Leprosy in India: report of the Leprosy Commission in India, 1890-91
Year: 1890
Disease focus: Leprosy
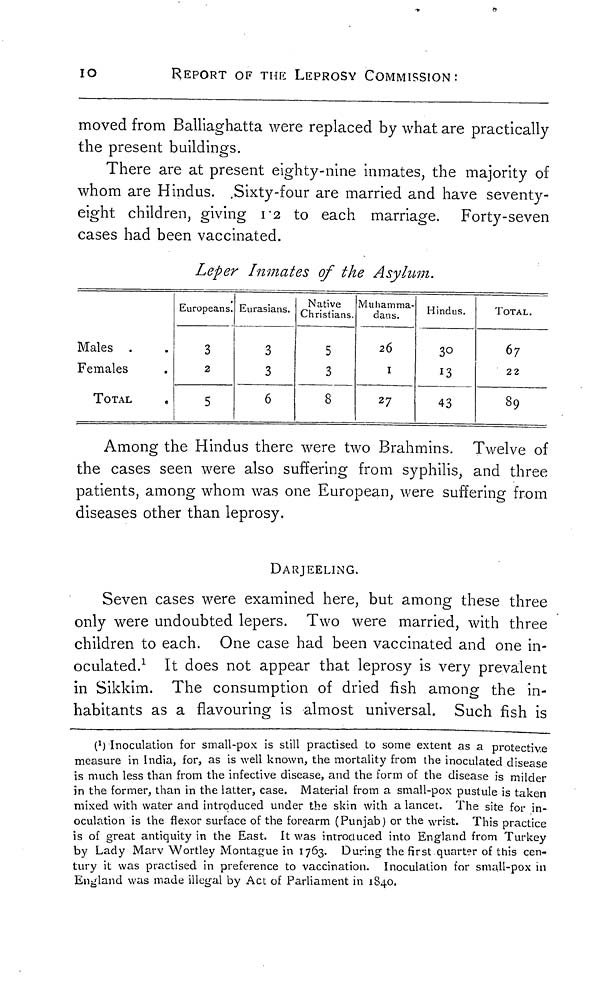
10
REPORT OF THE LEPROSY COMMISSION:
moved from Balliaghatta were replaced by what are practically
the present buildings.
There are at present eighty-nine inmates, the majority of
whom are Hindus. Sixty-four are married and have seventy-
eight children, giving 1 2 to each marriage. Forty-seven
cases had been vaccinated.
Leper Inmates of the Asylum.
Males .
Females
TOTAL
•
Europeans.
3
2
5
Eurasians.
3
3
6
Native
Christians.
5
3
8
Muhamma-
dans.
26
I
27
Hindus.
30
13
43
TOTAL.
67
22
89
Among the Hindus there were two Brahmins. Twelve of
the cases seen were also suffering from syphilis, and three
patients, among whom was one European, were suffering from
diseases other than leprosy.
DARJEELING.
Seven cases were examined here, but among these three
only were undoubted lepers. Two were married, with three
children to each. One case had been vaccinated and one in-
oculated. 1 It does not appear that leprosy is very prevalent
in Sikkim. The consumption of dried fish among the in-
habitants as a flavouring is almost universal. Such fish is
(1) Inoculation for small-pox is still practised to some extent as a protective
measure in India, for, as is well known, the mortality from the inoculated disease
is much less than from the infective disease, and the form of the disease is milder
in the former, than in the latter, case. Material from a small-pox pustule is taken
mixed with water and introduced under the skin with a lancet. The site for in-
oculation is the flexor surface of the forearm (Punjab) or the wrist. This practice
is of great antiquity in the East. It was introduced into England from Turkey
by Lady Marv Wortley Montague in 1763. During the first quarter of this cen-
tury it was practised in preference to vaccination. Inoculation for small-pox in
England was made illegal by Act of Parliament in 1840.